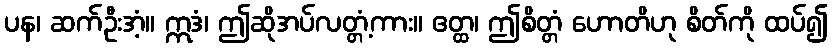
ပန၊ ဆက်ဦးအံ့။ ဣဒံ၊ ဤဆိုအပ်လတ္တံ့ကား။ ဧတ္ထ၊ ဤစိတ္တံ ဟောတိဟု စိတ်ကို ထပ်၍